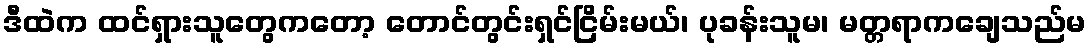
ဒီထဲက ထင်ရှားသူတွေကတော့ တောင်တွင်းရှင်ငြိမ်းမယ်၊ ပုခန်းသူမ၊ မတ္တရာကချေသည်မ